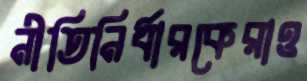
নীতিনির্ধারকেরাও